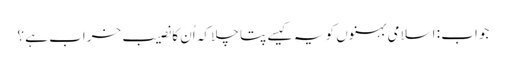
جواب : اسلامی بہنوں کو یہ کیسے پتا چلا کہ اُن کا نصیب خراب ہے ؟